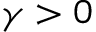
\gamma > 0